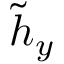
\tilde { h } _ { y }